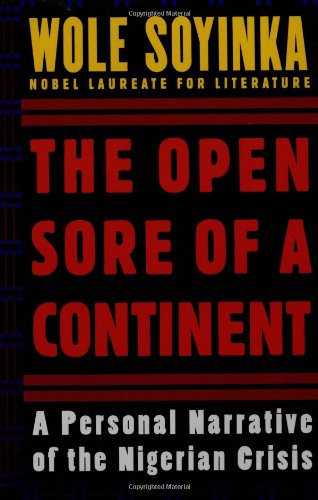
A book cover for The Open Sore of a Continent: A Personal Narrative of the Nigerian Crisis (W.E.B. Du Bois Institute); Wole Soyinka; History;